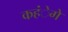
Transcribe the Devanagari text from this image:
कहंेगे